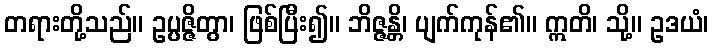
တရားတို့သည်။ ဥပ္ပဇ္ဇိတွာ၊ ဖြစ်ပြီး၍။ ဘိဇ္ဇန္တိ၊ ပျက်ကုန်၏။ ဣတိ၊ သို့။ ဥဒယံ၊